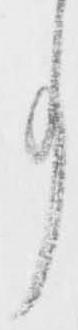
事